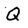
Character: Q